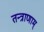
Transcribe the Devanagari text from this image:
तन्त्राणाम्